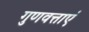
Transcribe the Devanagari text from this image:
गुणवत्ताएं